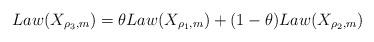
LaTeX: \begin{align*}Law(X_{\rho_3,m})=\theta Law(X_{\rho_1,m}) +(1-\theta)Law(X_{\rho_2,m})\end{align*}